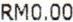
RM0.00